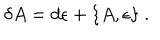
\delta { A } = d { \epsilon } + \{ { A } , { \epsilon } \} ~ .